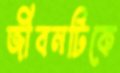
জীবনটিকে